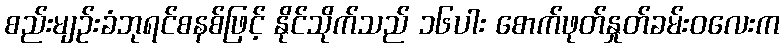
စည်းမျဉ်းခံဘုရင်စနစ်ဖြင့် နိုင်သိုက်သည် ၁၆ပါး စောက်ဖုတ်နှုတ်ခမ်းဝလေးက